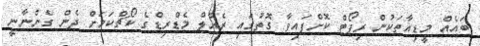
ބައެއް މީޑިއާތަކުން ރިޕޯޓް ކޮށްފައިވާ ގޮތުގައި ރެއާލް މެޑްރިޑްގެ ކޯޗްކަމަށް ދެން ގެންނާނީ